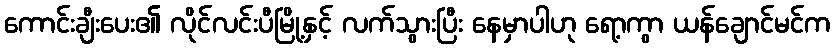
ကောင်းချီးပေး၏ လိုင်လင်းပီမြို့နှင့် လက်သွားပြီး နေမှာပါဟု ရော့ကွာ ယန်ချောင်မင်က